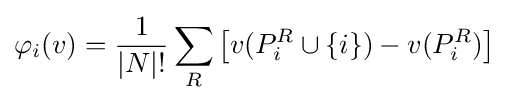
\varphi _{i}(v)={\frac {1}{|N|!}}\sum _{R}\left[v(P_{i}^{R}\cup \left\{i\right\})-v(P_{i}^{R})\right]